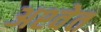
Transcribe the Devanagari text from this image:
अश्‍वेत